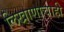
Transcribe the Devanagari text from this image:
लिखाणाचाही